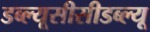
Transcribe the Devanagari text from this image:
डब्ल्यूसीसीडब्ल्यू